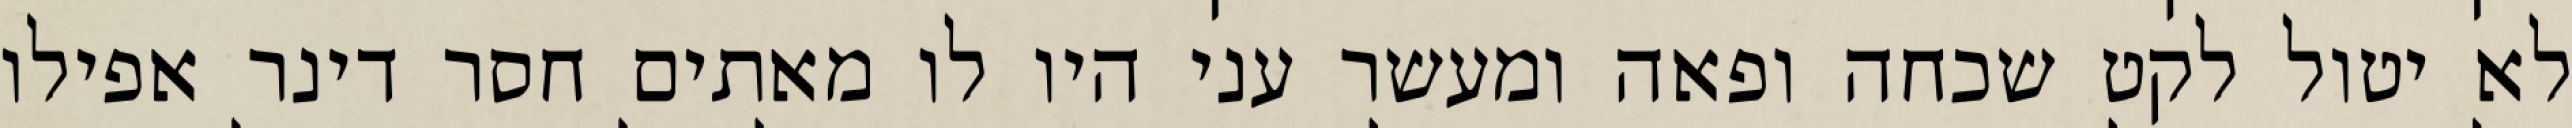
לא יטול לקט שכחה ופאה ומעשר עני היו לו מאתים חסר דינר אפילו